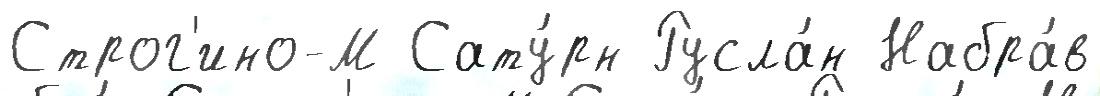
Строг'ино-М Сату́рн Русла́н Набра́в